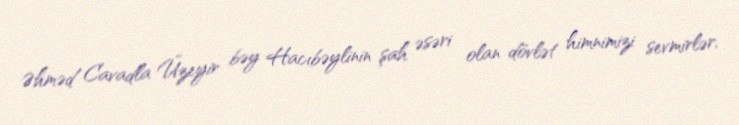
Əhməd Cavadla Üzeyir bəy Hacıbəylinin şah əsəri olan dövlət himnimizi sevmirlər,